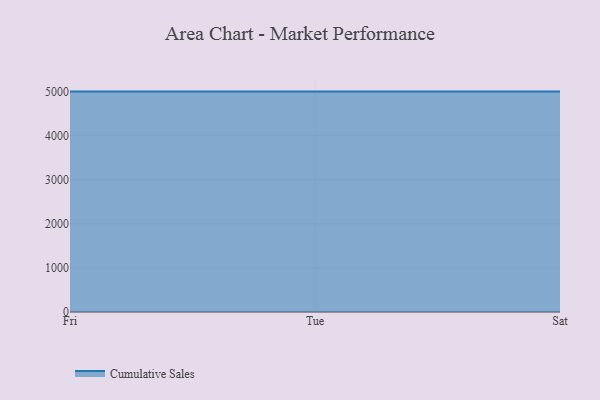
{"axis": {"x": "Day", "y": "Net Income (USD K)"}, "legend": ["Cumulative Sales"], "data": [{"x": "Fri", "y": 5000, "type": "Cumulative Sales"}, {"x": "Tue", "y": 5000, "type": "Cumulative Sales"}, {"x": "Sat", "y": 5000, "type": "Cumulative Sales"}]}